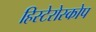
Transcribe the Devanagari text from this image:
हिस्टेरोस्कोप